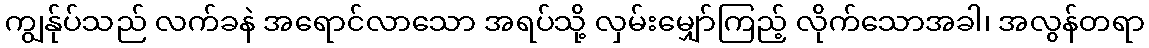
ကျွန်ုပ်သည် လက်ခနဲ အရောင်လာသော အရပ်သို့ လှမ်းမျှော်ကြည့် လိုက်သောအခါ၊ အလွန်တရာ